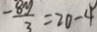
\frac { - 8 y } { 3 } = 2 0 - 4